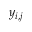
y _ { i , j }